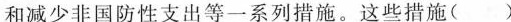
和减少非国防性支出等一系列措施。这些措施()